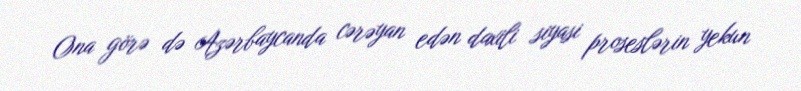
Ona görə də Azərbaycanda cərəyan edən daxili siyasi proseslərin yekun